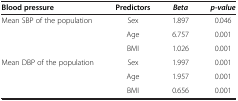
<table><thead><tr><td><b>Blood pressure</b></td><td><b>Predictors</b></td><td><b><i>Beta</i></b></td><td><b><i>p-value</i></b></td></tr></thead><tbody><tr><td rowspan="3">Mean SBP of the population</td><td>Sex</td><td>1.897</td><td>0.046</td></tr><tr><td>Age</td><td>6.757</td><td>0.001</td></tr><tr><td>BMI</td><td>1.026</td><td>0.001</td></tr><tr><td rowspan="2">Mean DBP of the population</td><td>Sex</td><td>1.997</td><td>0.001</td></tr><tr><td>Age</td><td>1.957</td><td>0.001</td></tr><tr><td> </td><td>BMI</td><td>0.656</td><td>0.001</td></tr></tbody></table>